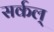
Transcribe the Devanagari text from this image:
सर्कल्